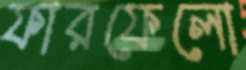
ফারফেলো